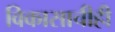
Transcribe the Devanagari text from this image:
विकासाचीही